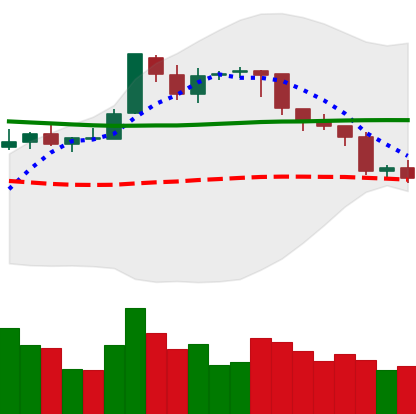
Ticker: BTC-USD
Chart end date: 2018-08-06
Forward return: -9.437%
Label: down_7plus